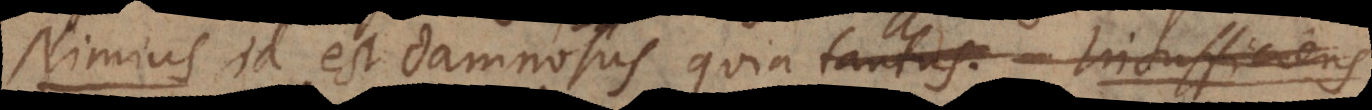
Nimius id est damnosus quia tantus. Insufficiens